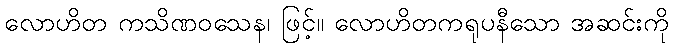
လောဟိတ ကသိဏဝသေန၊ ဖြင့်။ လောဟိတကရုပနီသော အဆင်းကို